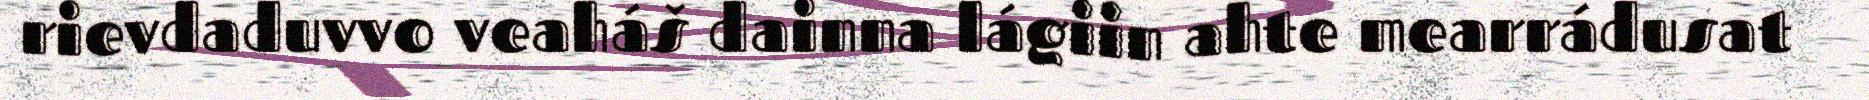
rievdaduvvo veaháš dainna lágiin ahte mearrádusat